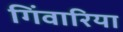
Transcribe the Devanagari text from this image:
गिंवारिया